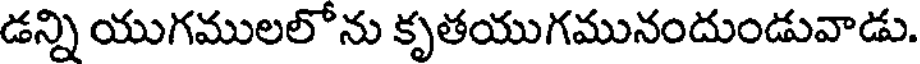
డన్ని యుగములలోను కృతయుగమునందుండువాడు.